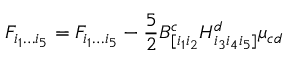
{ \cal F } _ { i _ { 1 } \dots i _ { 5 } } = F _ { i _ { 1 } \dots i _ { 5 } } - \frac { 5 } { 2 } B _ { [ i _ { 1 } i _ { 2 } } ^ { c } H _ { i _ { 3 } i _ { 4 } i _ { 5 } ] } ^ { d } \mu _ { c d }